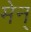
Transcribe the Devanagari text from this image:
मेन्